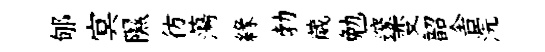
郇㝠隰彷蕩緣勃葳勉邃变韶舎浣